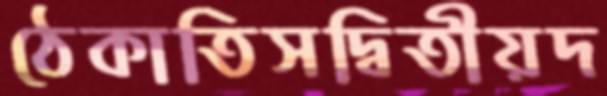
ঠেকাতিসদ্বিতীয়দ